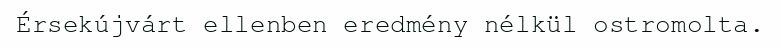
Érsekújvárt ellenben eredmény nélkül ostromolta.